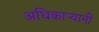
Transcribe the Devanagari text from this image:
अधिकार्‍यानी